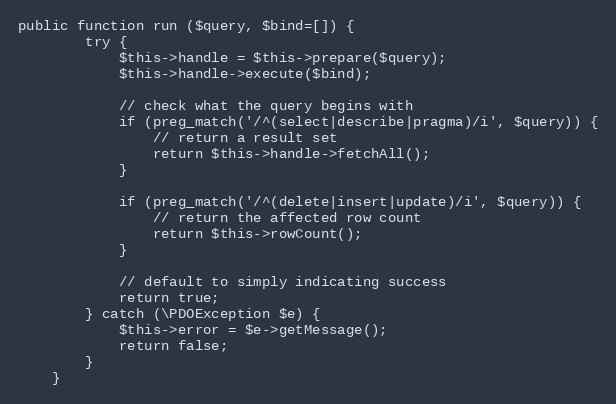
Language: PHP
public function run ($query, $bind=[]) {
        try {
            $this->handle = $this->prepare($query);
            $this->handle->execute($bind);

            // check what the query begins with
            if (preg_match('/^(select|describe|pragma)/i', $query)) {
                // return a result set
                return $this->handle->fetchAll();
            }

            if (preg_match('/^(delete|insert|update)/i', $query)) {
                // return the affected row count
                return $this->rowCount();
            }

            // default to simply indicating success
            return true;
        } catch (\PDOException $e) {
            $this->error = $e->getMessage();
            return false;
        }
    }